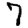
Digit: 7